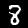
Digit: 8